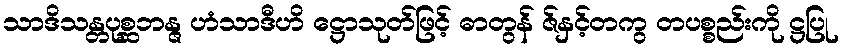
သာဒိသန္တပုစ္ဆဘန္ဇ ဟံသာဒီဟိ ဋ္ဌောသုတ်ဖြင့် ဓာတွန် ဇ်နှင့်တကွ တပစ္စည်းကို ဋ္ဌပြု